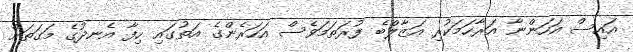
އައިސް އަހަންނާ އަރާހަމަކުރި އަޒާލްބެ ފުރަތަމަވެސް އަހަރެންގެ އަތުގައި ހިފާ އެނދުގެ މަގަތަށް